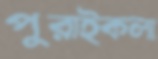
পুরাইকলা